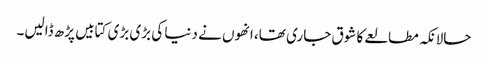
حالانکہ مطالعے کا شوق جاری تھا، انھوں نے دنیا کی بڑی بڑی کتابیں پڑھ ڈالیں۔